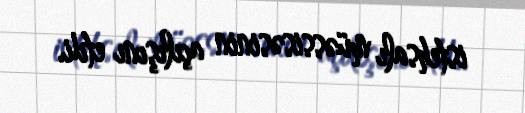
istehsalı müəssisəsinin açılışını etdi.